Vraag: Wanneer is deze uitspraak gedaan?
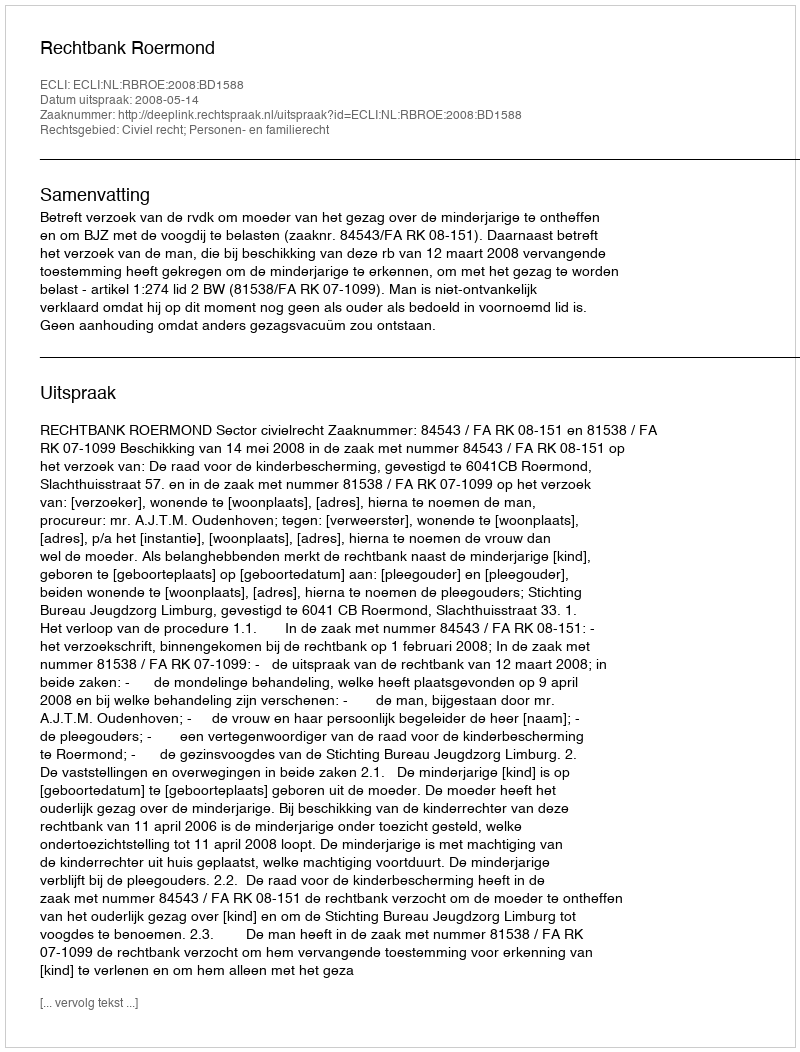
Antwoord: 2008-05-14